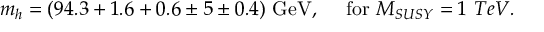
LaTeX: m _ { h } = ( 9 4 . 3 + 1 . 6 + 0 . 6 \pm 5 \pm 0 . 4 ) \ \mathrm { G e V } , \ \ \ \mathrm { ~ f o r } \ M _ { S U S Y } = 1 \ T e V .